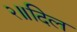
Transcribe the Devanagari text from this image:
२॥दिल